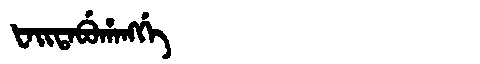
Manchu: ᡶᠠᡳᡨᠠᠪᡠᡥᠠᠩᡤᡝ
Romanization: FAITABUHANGGE